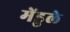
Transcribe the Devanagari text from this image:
मेंडुले